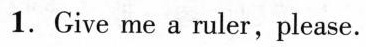
1. Give me a ruler , please.